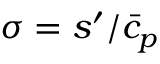
\sigma = { s ^ { \prime } } / { \bar { c } _ { p } }